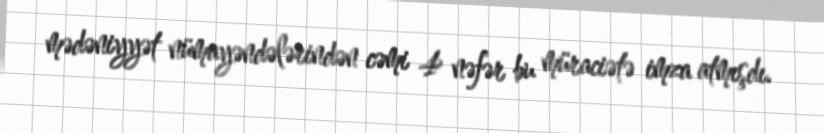
mədəniyyət nümayəndələrindən cəmi 4 nəfər bu müraciətə imza atmışdı.